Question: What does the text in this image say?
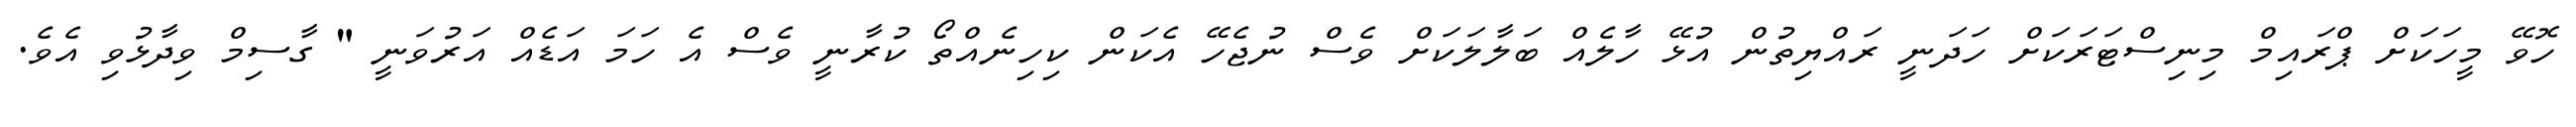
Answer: ހޮވޭ މީހަކަށް ޕްރައިމް މިނިސްޓަރަކަށް ހަދަނީ ރައްޔިތުން އުޅޭ ހާލެއް ބަލާލަކަށް ވެސް ނުޖެހޭ އެކަން ކިހިނެއްތޯ ކުރާނީ ވެސް އެ ހަމަ އަޑެއް އަރުވަނީ " ގާސިމް ވިދާޅުވި އެވެ.